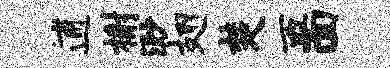
逋榭渺翅楚西面